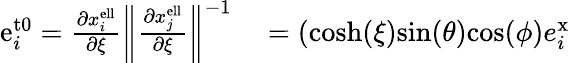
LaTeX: \begin{array}{rl}{\mathrm{e}_{i}^{\mathrm{t0}}=\frac{\partial x_{i}^{\mathrm{ell}}}{\partial\xi}\left\| \frac{\partial x_{j}^{\mathrm{ell}}}{\partial\xi}\right\| ^{-1}}&{{}=\left(\mathrm{cosh}(\xi)\mathrm{sin}(\theta)\mathrm{cos}(\phi)e_{i}^{\mathrm{x}}\right.}\end{array}